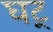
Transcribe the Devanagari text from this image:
घट्